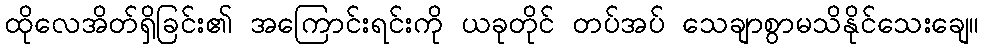
ထိုလေအိတ်ရှိခြင်း၏ အကြောင်းရင်းကို ယခုတိုင် တပ်အပ် သေချာစွာမသိနိုင်သေးချေ။